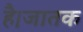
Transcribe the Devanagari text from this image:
है।जातक